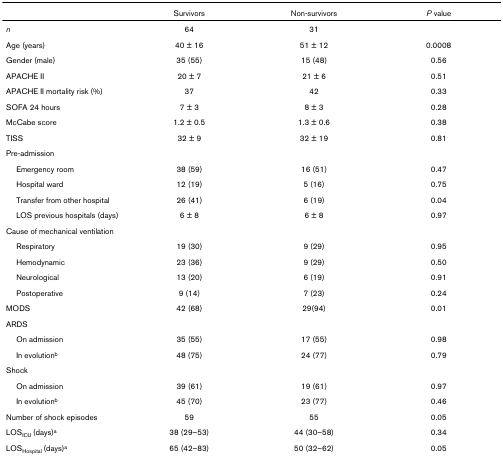
|  | Survivors | Non-survivors | P value |
 | --- | --- | --- | --- |
 | n | 64 | 31 |  |
 | Age (years) | 40 ± 16 | 51 ± 12 | 0.0008 |
 | Gender (male) | 35 (55) | 15 (48) | 0.56 |
 | APACHE II | 20 ± 7 | 21 ± 6 | 0.51 |
 | APACHE II mortality risk (%) | 37 | 42 | 0.33 |
 | SOFA 24 hours | 7 ± 3 | 8 ± 3 | 0.28 |
 | McCabe score | 1.2 ± 0.5 | 1.3 ± 0.6 | 0.38 |
 | TISS | 32 ± 9 | 32 ± 19 | 0.81 |
 | Pre-admission |  |  |  |
 | Emergency room | 38 (59) | 16 (51) | 0.47 |
 | Hospital ward | 12 (19) | 5 (16) | 0.75 |
 | Transfer from other hospital | 26 (41) | 6 (19) | 0.04 |
 | LOS previous hospitals (days) | 6 ± 8 | 6 ± 8 | 0.97 |
 | Cause of mechanical ventilation |  |  |  |
 | Respiratory | 19 (30) | 9 (29) | 0.95 |
 | Hemodynamic | 23 (36) | 9 (29) | 0.50 |
 | Neurological | 13 (20) | 6 (19) | 0.91 |
 | Postoperative | 9 (14) | 7 (23) | 0.24 |
 | MODS | 42 (68) | 29(94) | 0.01 |
 | ARDS |  |  |  |
 | On admission | 35 (55) | 17 (55) | 0.98 |
 | In evolutionb | 48 (75) | 24 (77) | 0.79 |
 | Shock |  |  |  |
 | On admission | 39 (61) | 19 (61) | 0.97 |
 | In evolutionb | 45 (70) | 23 (77) | 0.46 |
 | Number of shock episodes | 59 | 55 | 0.05 |
 | LOSICU (days)a | 38 (29–53) | 44 (30–58) | 0.34 |
 | LOSHospital (days)a | 65 (42–83) | 50 (32–62) | 0.05 |